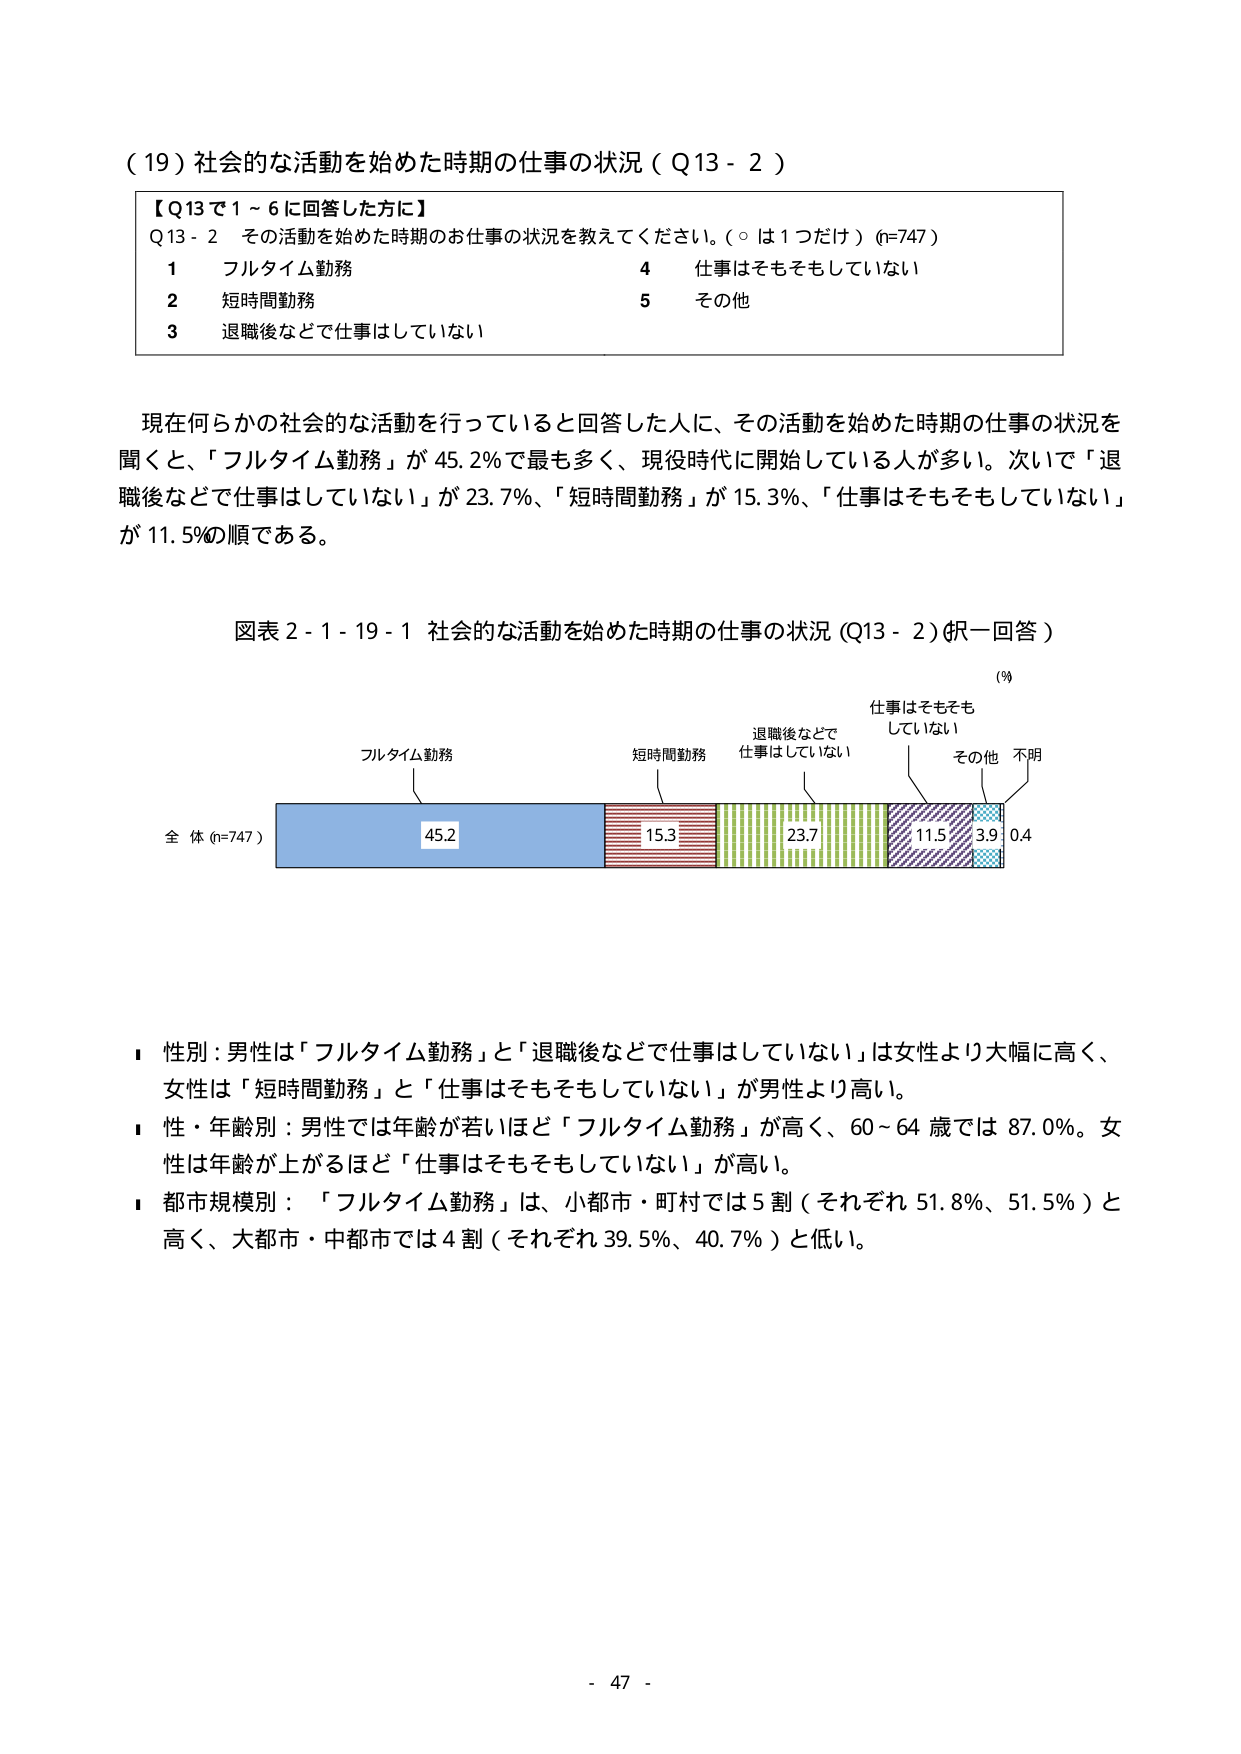
（19）社会的な活動を始めた時期の仕事の状況（Q13-2）

【Q13で1～6に回答した方に】
Q13-2 その活動を始めた時期のお仕事の状況を教えてください。（○は1つだけ）(n=747)
1 フルタイム勤務
2 短時間勤務
3 退職後などで仕事はしていない
4 仕事はそもそもしていない
5 その他

現在何らかの社会的な活動を行っていると回答した人に、その活動を始めた時期の仕事の状況を聞くと、「フルタイム勤務」が45.2％で最も多く、現役時代に開始している人が多い。次いで「退職後などで仕事はしていない」が23.7％、「短時間勤務」が15.3％、「仕事はそもそもしていない」が11.5％の順である。

図表2-1-19-1 社会的な活動を始めた時期の仕事の状況（Q13-2）（択一回答）

（％）
フルタイム勤務
短時間勤務
退職後などで仕事はしていない
仕事はそもそもしていない
その他
不明

全体（n=747）
45.2
15.3
23.7
11.5
3.9
0.4

■ 性別：男性は「フルタイム勤務」と「退職後などで仕事はしていない」は女性より大幅に高く、女性は「短時間勤務」と「仕事はそもそもしていない」が男性より高い。
■ 性・年齢別：男性では年齢が若いほど「フルタイム勤務」が高く、60～64歳では87.0％。女性は年齢が上がるほど「仕事はそもそもしていない」が高い。
■ 都市規模別：「フルタイム勤務」は、小都市・町村では5割（それぞれ51.8％、51.5％）と高く、大都市・中都市では4割（それぞれ39.5％、40.7％）と低い。

- 47 -